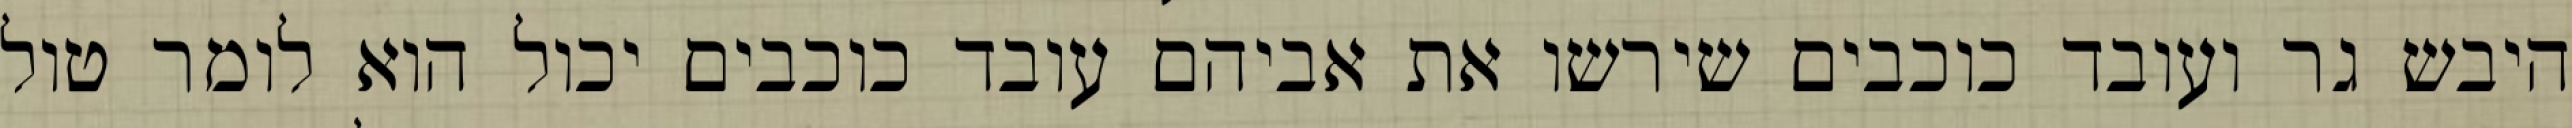
היבש גר ועובד כוכבים שירשו את אביהם עובד כוכבים יכול הוא לומר טול